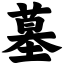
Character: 墓